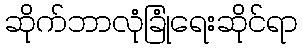
ဆိုက်ဘာလုံခြုံရေးဆိုင်ရာ